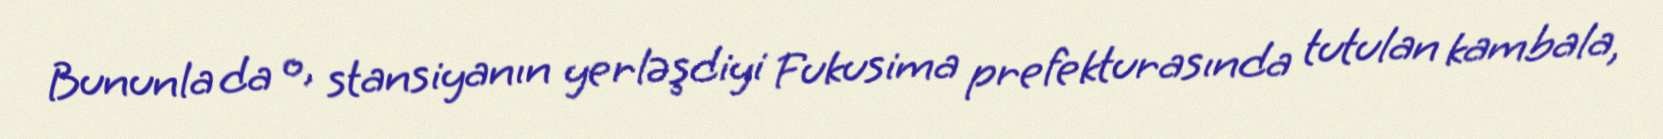
Bununla da o, stansiyanın yerləşdiyi Fukusima prefekturasında tutulan kambala,